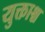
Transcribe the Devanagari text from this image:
युक्ताश्च